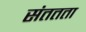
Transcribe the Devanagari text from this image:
संततता